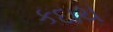
કદાચ